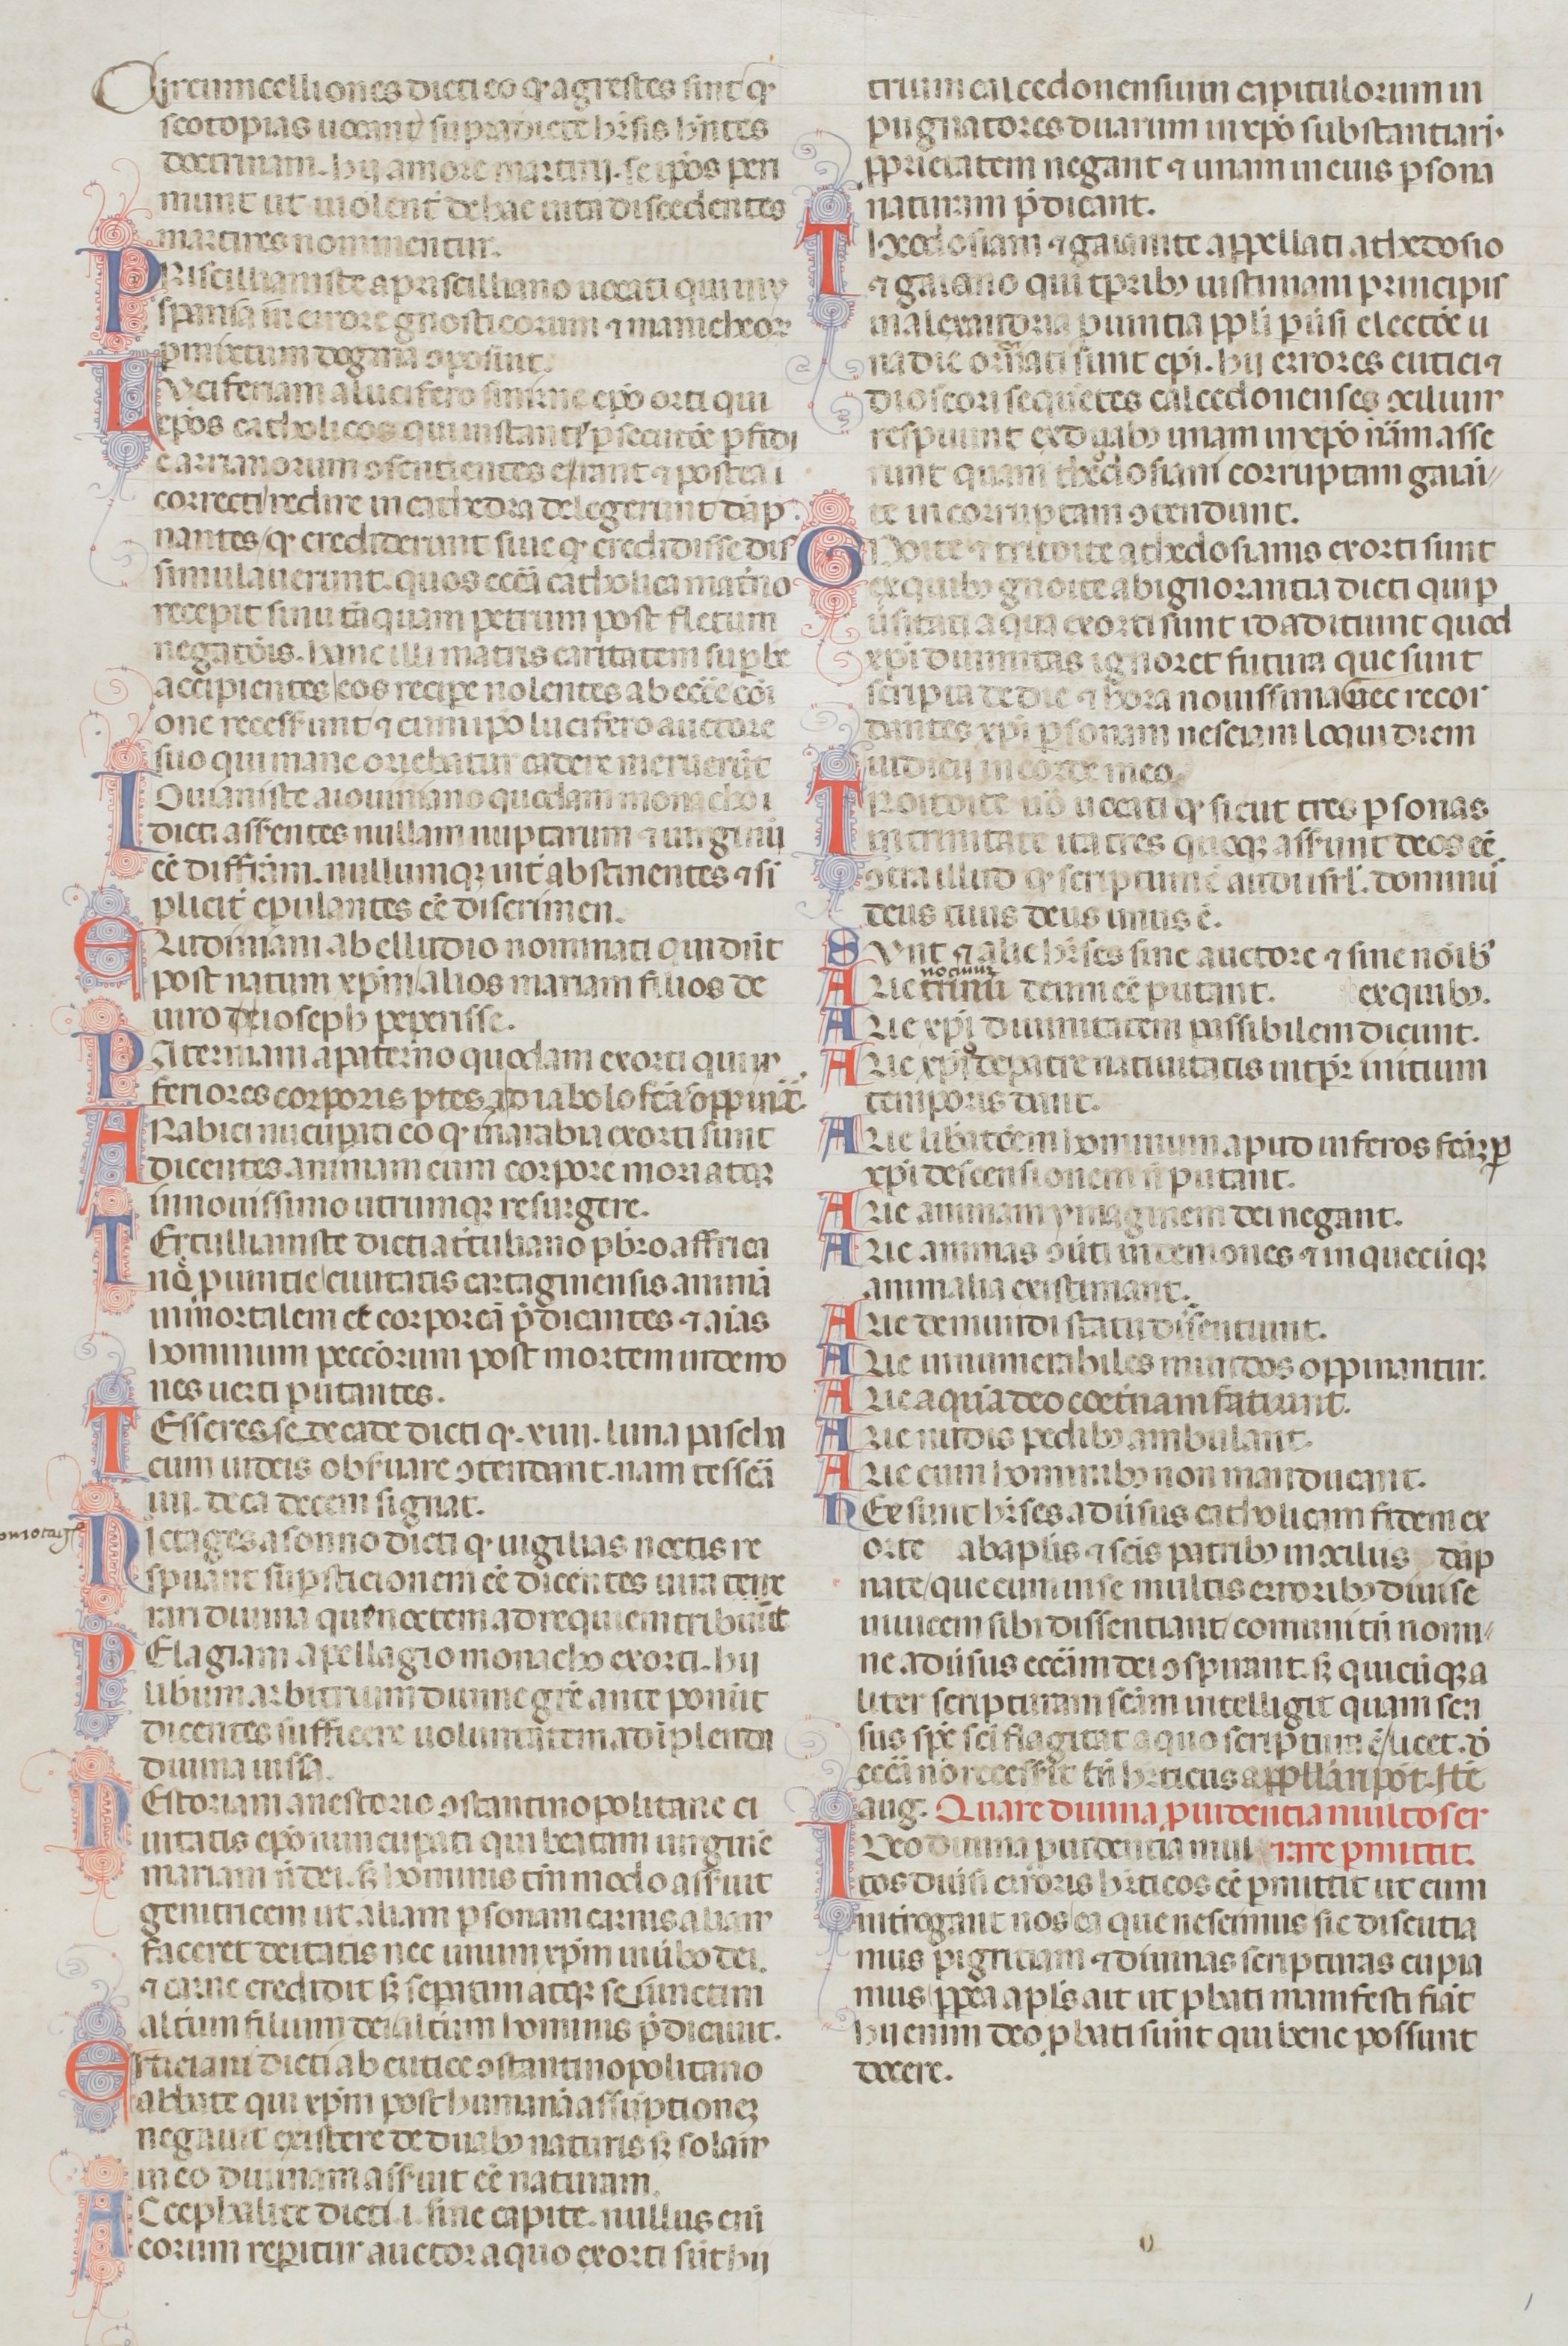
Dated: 1200–1399